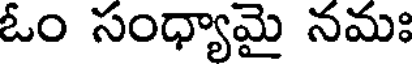
ఓం సంధ్యామై నమః